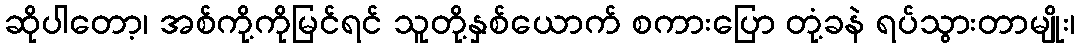
ဆိုပါတော့၊ အစ်ကို့ကိုမြင်ရင် သူတို့နှစ်ယောက် စကားပြော တုံ့ခနဲ ရပ်သွားတာမျိုး၊